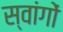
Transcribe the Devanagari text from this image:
स्वांगों